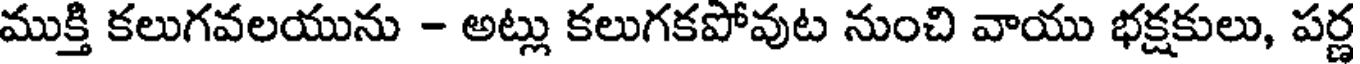
ముక్తి కలుగవలయును - అట్లు కలుగకపోవుట నుంచి వాయు భక్షకులు, పర్ణ